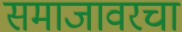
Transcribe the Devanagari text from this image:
समाजावरचा